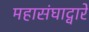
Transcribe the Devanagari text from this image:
महासंघाद्वारे